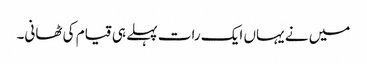
میں نے یہاں ایک رات پہلے ہی قیام کی ٹھانی۔